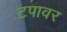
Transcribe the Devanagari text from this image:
टपावर